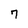
Character: 7